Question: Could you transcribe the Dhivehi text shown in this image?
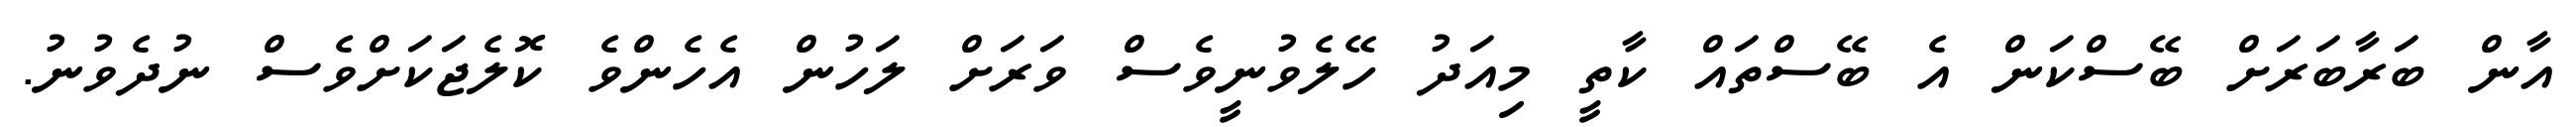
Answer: އާން ބަރާބަރަށް ބޭސްކަން އެ ބޭސްތައް ކާތީ މިއަދު ހޭލެވުނީވެސް ވަރަށް ލަހުން އެހެންވެ ކޮލެޖަކަށްވެސް ނުދެވުނު.